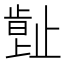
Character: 𣦕